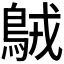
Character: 𪀚